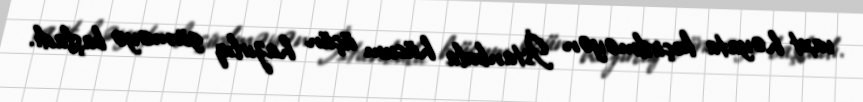
vaxt həyata keçirilməyən İstanbula hücum üçün hazırlıq görməyə başladı.